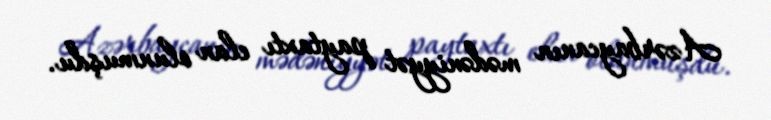
Azərbaycanın mədəniyyət paytaxtı elan olunmuşdu.